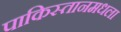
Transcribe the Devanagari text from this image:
पाकिस्तानमधला